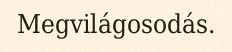
Megvilágosodás.